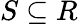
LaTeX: S\subseteq R